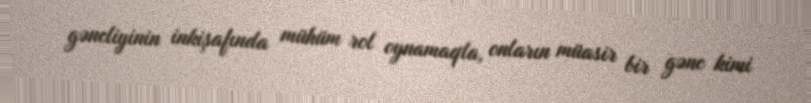
gəncliyinin inkişafında mühüm rol oynamaqla, onların müasir bir gənc kimi